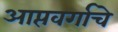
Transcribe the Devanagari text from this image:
आप्तवर्गाचे